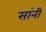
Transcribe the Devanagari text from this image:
सांनी